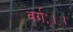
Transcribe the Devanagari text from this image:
वर्गः।।